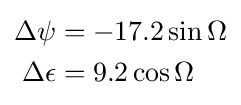
{\begin{aligned}\Delta \psi &=-17.2\sin \Omega \\\Delta \epsilon &=9.2\cos \Omega \end{aligned}}